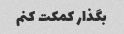
بگذار کمکت کنم